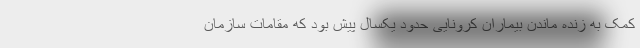
کمک به زنده ماندن بیماران کرونایی حدود یکسال پیش بود که مقامات سازمان